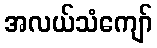
အလယ်သံကျော်